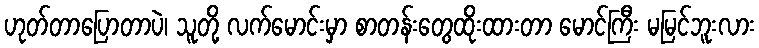
ဟုတ်တာပြောတာပဲ၊ သူတို့ လက်မောင်းမှာ စာတန်းတွေထိုးထားတာ မောင်ကြီး မမြင်ဘူးလား